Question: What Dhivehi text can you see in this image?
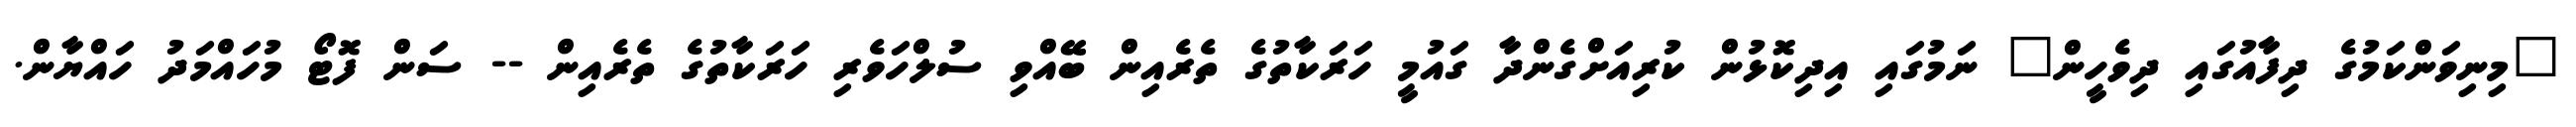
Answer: "މިނިވަންކަމުގެ ދިފާއުގައި ދިވެހީން" ނަމުގައި އިދިކޮޅުން ކުރިއަށްގެންދާ ގައުމީ ހަރަކާތުގެ ތެރެއިން ބޭއްވި ސުލްހަވެރި ހަރަކާތުގެ ތެރެއިން -- ސަން ފޮޓޯ މުހައްމަދު ހައްޔާން.